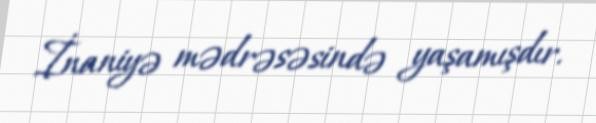
İnaniyə mədrəsəsində yaşamışdır.